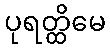
ပုရတ္ထိမေ